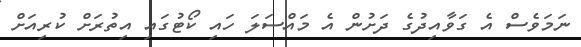
ނަމަވެސް އެ ގަވާއިދުގެ ދަށުން އެ މައްސަލަ ހައި ކޯޓުގައި އިތުރަށް ކުރިއަށް